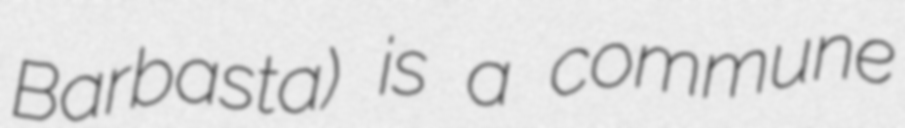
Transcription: Barbasta) is a commune